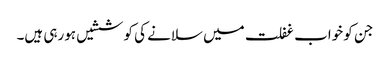
جن کو خواب غفلت میں سلانے کی کوششیں ہورہی ہیں۔